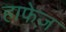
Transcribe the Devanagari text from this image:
हाफेज़